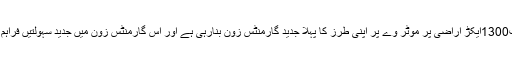
پنجاب حکومت1300ایکڑ اراضی پر موٹر وے پر اپنی طرز کا پہلا جدید گارمنٹس زون بنارہی ہے اور اس گارمنٹس زون میں جدید سہولتیں فراہم کی جائیں گی۔